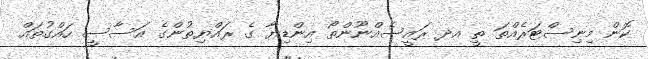
ކޮން މިނިސްޓަރެއްތަ ތީ އދ ރައީސެއްނޫންތޯ އިންޑިޔާ ގެ ރައްޔިތުންގެ އަސާސީ ހައްގުތައް